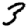
Digit: 3